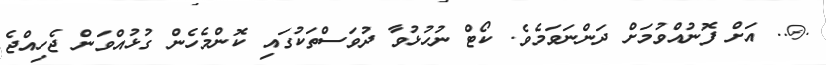
.@.. އަށް ފޮނުއްވުމަށް ދަންނަވަމެވެ. ކޯޓް ނުހުޅުވާ ދުވަސްތަކުގައި ކޮންމެހެން ގުޅުއްވަން ޖެހިއްޖެ